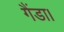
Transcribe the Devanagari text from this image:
गैंडा।